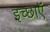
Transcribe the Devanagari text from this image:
इच्छाऍं